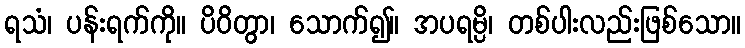
ရသံ၊ ပန်းရက်ကို။ ပိဝိတွာ၊ သောက်၍။ အပရမ္ပိ၊ တစ်ပါးလည်းဖြစ်သော။